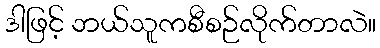
ဒါဖြင့် ဘယ်သူကစီစဉ်လိုက်တာလဲ။